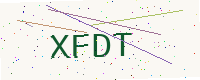
Text: XFDT